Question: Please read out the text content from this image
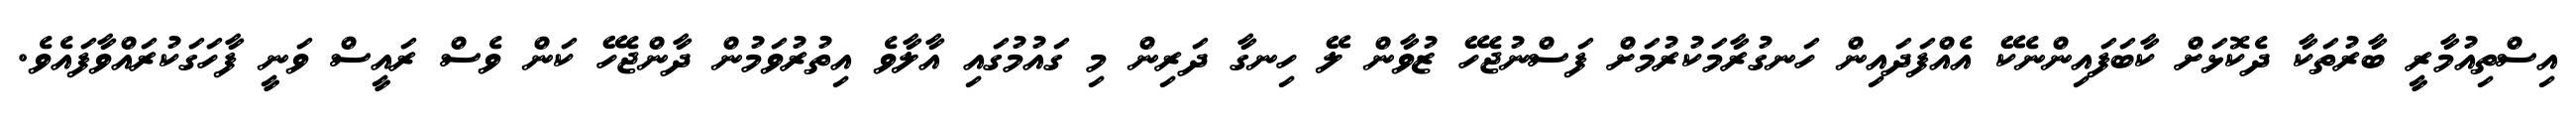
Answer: އިސްތިއުމާރީ ބާރުތަކާ ދެކޮޅަށް ކާބަފައިންނެކޭ އެއްފަދައިން ހަނގުރާމަކުރުމަށް ފަސްނުޖެހޭ ޒުވާން ލޭ ހިނގާ ދަރިން މި ގައުމުގައި އާލާވެ އިތުރުވަމުން ދާންޖެހޭ ކަން ވެސް ރައީސް ވަނީ ފާހަގަކުރައްވާފައެވެ.